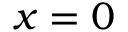
x = 0